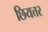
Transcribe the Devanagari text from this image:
छियत्तर